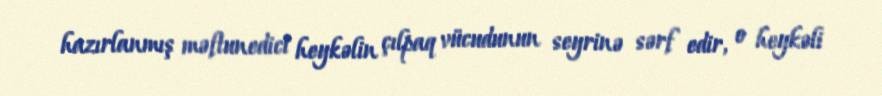
hazırlanmış məftunedici heykəlin çılpaq vücudunun seyrinə sərf edir, o heykəli